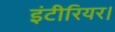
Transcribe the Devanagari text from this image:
इंटीरियर।